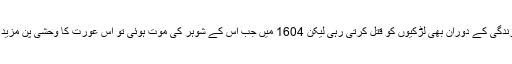
وہ اپنے شوہر کی زندگی کے دوران بھی لڑکیوں کو قتل کرتی رہی لیکن 1604 میں جب اس کے شوہر کی موت ہوئی تو اس عورت کا وحشی پن مزید ابھر کر سامنے آیا۔